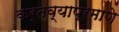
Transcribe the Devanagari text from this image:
कर्तव्याप्रमाणे